Civil Veterinary Dept. Bombay admin report 1914-1922 - 1914-1922
Year: 1914
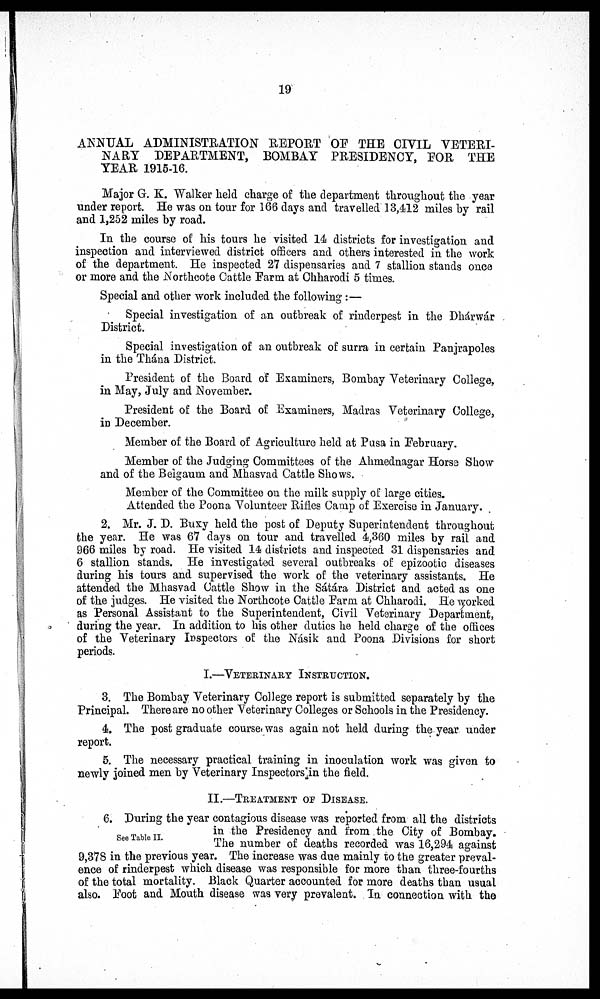
19
ANNUAL ADMINISTRATION REPORT OF THE CIVIL VETERI-
NARY DEPARTMENT, BOMBAY PRESIDENCY, FOR THE
YEAR 1915-16.
Major G. K. Walker held charge of the department throughout the year
under report. He was on tour for 166 days and travelled 13,412 miles by rail
and 1,252 miles by road.
In the course of his tours he visited 14 districts for investigation and
inspection and interviewed district officers and others interested in the work
of the department. He inspected 27 dispensaries and 7 stallion stands once
or more and the Northcote Cattle Farm at Chharodi 5 times.
Special and other work included the following:—
Special investigation of an outbreak of rinderpest in the Dhárwár
District.
Special investigation of an outbreak of surra in certain Panjrapoles
in the Thána District.
President of the Board of Examiners, Bombay Veterinary College,
in May, July and November.
President of the Board of Examiners, Madras Veterinary College,
in December.
Member of the Board of Agriculture held at Pusa in February.
Member of the Judging Committees of the Ahmednagar Horse Show
and of the Belgaum and Mhasvad Cattle Shows.
Member of the Committee on the milk supply of large cities.
Attended the Poona Volunteer Rifles Camp of Exercise in January.
2. Mr. J. D. Buxy held the post of Deputy Superintendent throughout
the year. He was 67 days on tour and travelled 4,360 miles by rail and
966 miles by road. He visited 14 districts and inspected 31 dispensaries and
6 stallion stands. He investigated several outbreaks of epizootic diseases
during his tours and supervised the work of the veterinary assistants. He
attended the Mhasvad Cattle Show in the Sátára District and acted as one
of the judges. He visited the Northcote Cattle Farm at Chharodi. He worked
as Personal Assistant to the Superintendent, Civil Veterinary Department,
during the year. In addition to his other duties he held charge of the offices
of the Veterinary Inspectors of the Násik and Poona Divisions for short
periods.
I.—VETERINARY INSTRUCTION.
3. The Bombay Veterinary College report is submitted separately by the
Principal. There are no other Veterinary Colleges or Schools in the Presidency.
4. The post graduate course was again not held during the year under
report.
5. The necessary practical training in inoculation work was given to
newly joined men by Veterinary Inspectors in the field.
II.—TREATMENT OF DISEASE.
See Table II.
6. During the year contagious disease was reported from all the districts
in the Presidency and from the City of Bombay.
The number of deaths recorded was 16,294 against
9,378 in the previous year. The increase was due mainly to the greater preval-
ence of rinderpest which disease was responsible for more than three-fourths
of the total mortality. Black Quarter accounted for more deaths than usual
also. Foot and Mouth disease was very prevalent. In connection with the